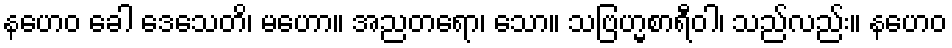
နဟေဝ ခေါ ဒေသေတိ၊ မဟော။ အညတရော၊ သော။ သဗြဟ္မစာရီဝါ၊ သည်လည်း။ နဟေဝ